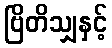
ဗြိတိသျှနှင့်